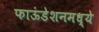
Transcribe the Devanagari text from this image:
फाऊंडेशनमध्ये